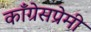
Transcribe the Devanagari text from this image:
काँग्रेसप्रेमी